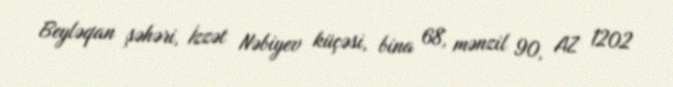
Beyləqan şəhəri, İzzət Nəbiyev küçəsi, bina 68, mənzil 90, AZ 1202